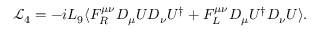
\mathcal { L } _ { 4 } = - i L _ { 9 } \langle F _ { R } ^ { \mu \nu } D _ { \mu } U D _ { \nu } U ^ { \dagger } + F _ { L } ^ { \mu \nu } D _ { \mu } U ^ { \dagger } D _ { \nu } U \rangle .